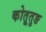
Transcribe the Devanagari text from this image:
कोतूतुङ